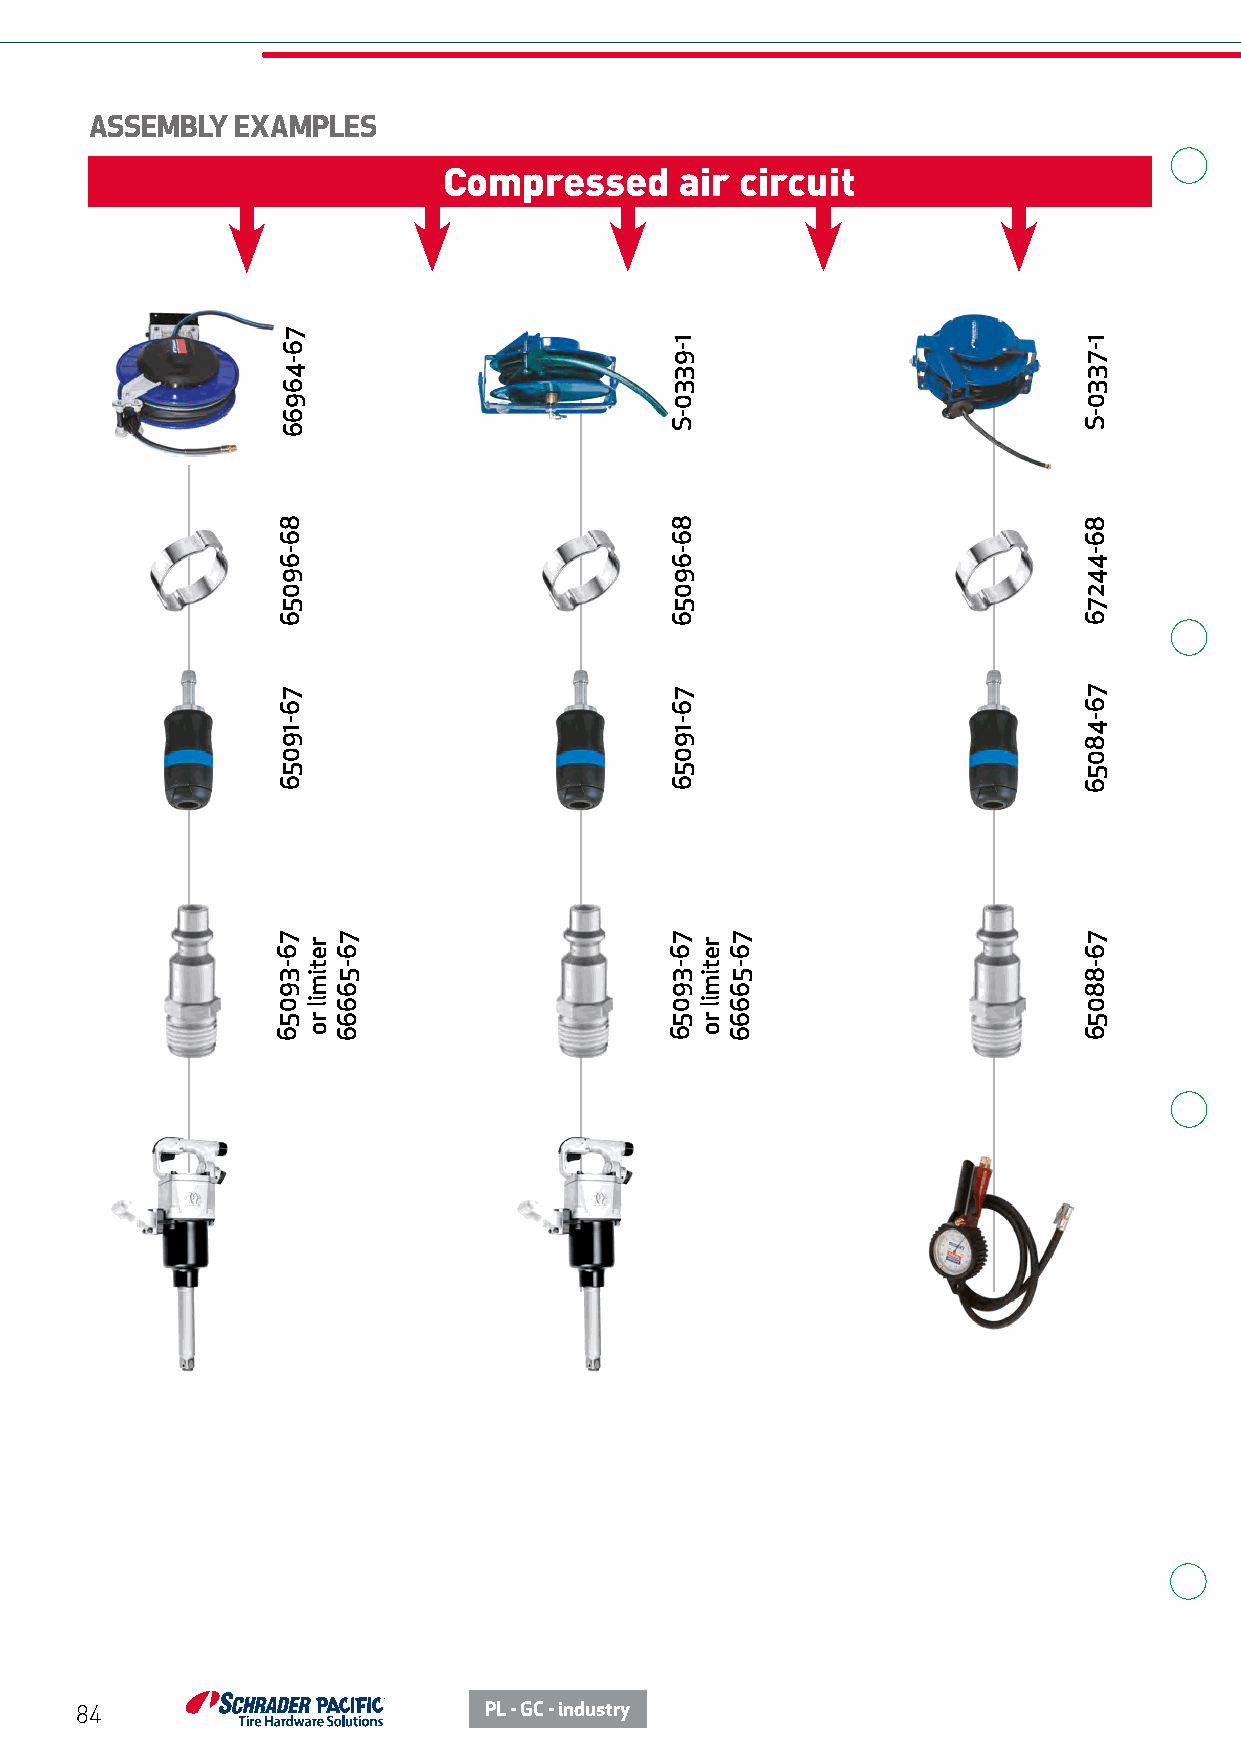
ASSEMBLY EXAMPLES
 Compressed      air circuit
 84                         PL - GC - industry
 76-46966
 86-69056
 76-19056
 76-39056 retimil
 ro
 76-56666
 1-9330-S
 86-69056
 76-19056
 76-39056 retimil
 ro
 76-56666
 1-7330-S
 86-44276
 76-48056
 76-88056